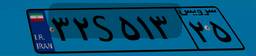
۹۰S۲۱۹۲۲